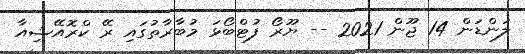
ލަންޑަން 14 ޖޫން 2021 -- ޔޫރޯ ފުޓްބޯޅަ މުބާރާތުގައި ރޭ ކްރޮއޭޝިއާ